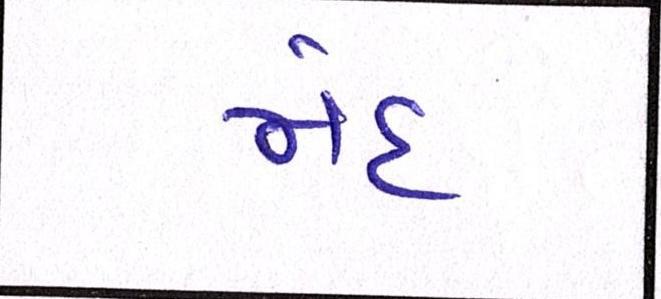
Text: મંદ